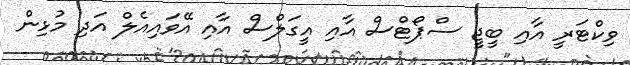
ވިކްޓަރީ އާއި ބީޖީ ސްޕޯޓްސް އާއި އީގަލްސް އާއި އޭވައިއެލް އަދި މުޅިން